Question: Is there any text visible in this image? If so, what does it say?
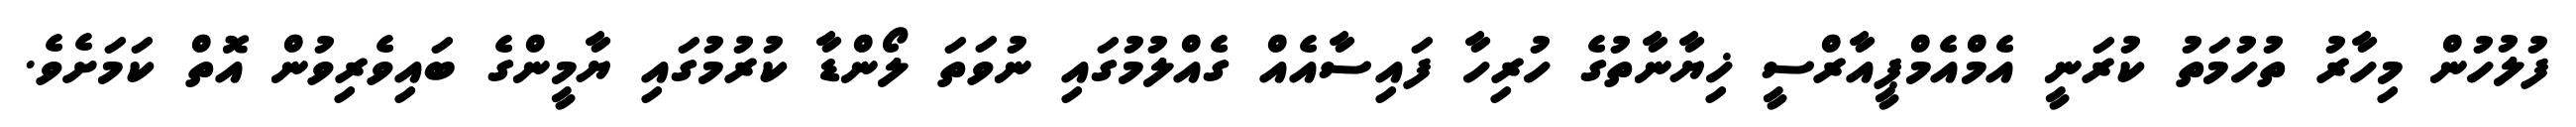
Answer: ފުލުހުން މިހާރު ތުހުމަތު ކުރަނީ އެމްއެމްޕީއާރްސީ ޚިޔާނާތުގެ ހުރިހާ ފައިސާއެއް ގެއްލުމުގައި ނުވަތަ ލޯންޑާ ކުރުމުގައި ޔާމީންގެ ބައިވެރިވުން އޮތް ކަމަށެވެ.